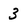
Character: 3